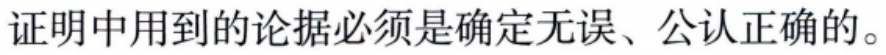
证明中用到的论据必须是确定无误、公认正确的。